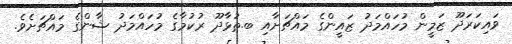
ވައިކަރަދޫ ޒަމީން މުހައްމަދު ޒައީންގެ މައްޗަށާއި ބ.ތުޅާދޫ ރުކުމާގެ މުހައްމަދު ޝާންގެ މައްޗަށެވެ.